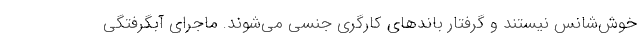
خوش‌شانس نیستند و گرفتار باندهای کارگری جنسی می‌شوند. ماجرای آبگرفتگی